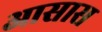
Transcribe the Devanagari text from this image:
आसास